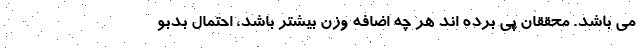
می باشد. محققان پی برده اند هر چه اضافه وزن بیشتر باشد، احتمال بدبو